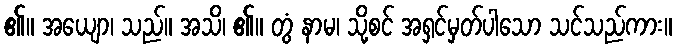
၏။ အယျော၊ သည်။ အသိ၊ ၏။ တွံ နာမ၊ သို့စင် အရှင်မှတ်ပါသော သင်သည်ကား။